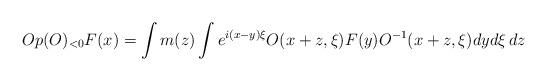
LaTeX: \begin{align*} Op(O)_{<0}F(x) = \int m(z)\int e^{i(x-y)\xi} O(x+z,\xi) F(y) O^{-1}(x+z,\xi) dy d\xi\,dz \end{align*}